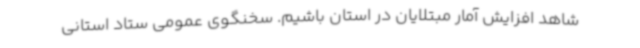
شاهد افزایش آمار مبتلایان در استان باشیم. سخنگوی عمومی ستاد استانی